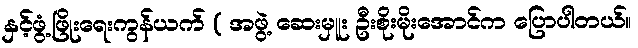
နှင့်ဖွံ့ဖြိုးရေးကွန်ယက် ( အဖွဲ့ ဆေးမှူး ဦးစိုးမိုးအောင်က ပြောပါတယ်။